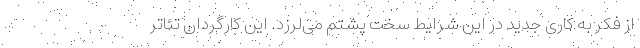
از فکر به کاری جدید در این شرایط سخت پشتم می‌لرزد. این کارگردان تئاتر